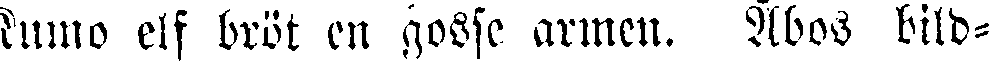
Kumo elf bröt en gosse armen. Åbos bild-